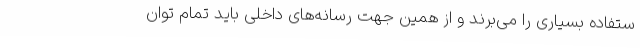
ستفاده بسیاری را می‌برند و از همین جهت رسانه‌های داخلی باید تمام توان